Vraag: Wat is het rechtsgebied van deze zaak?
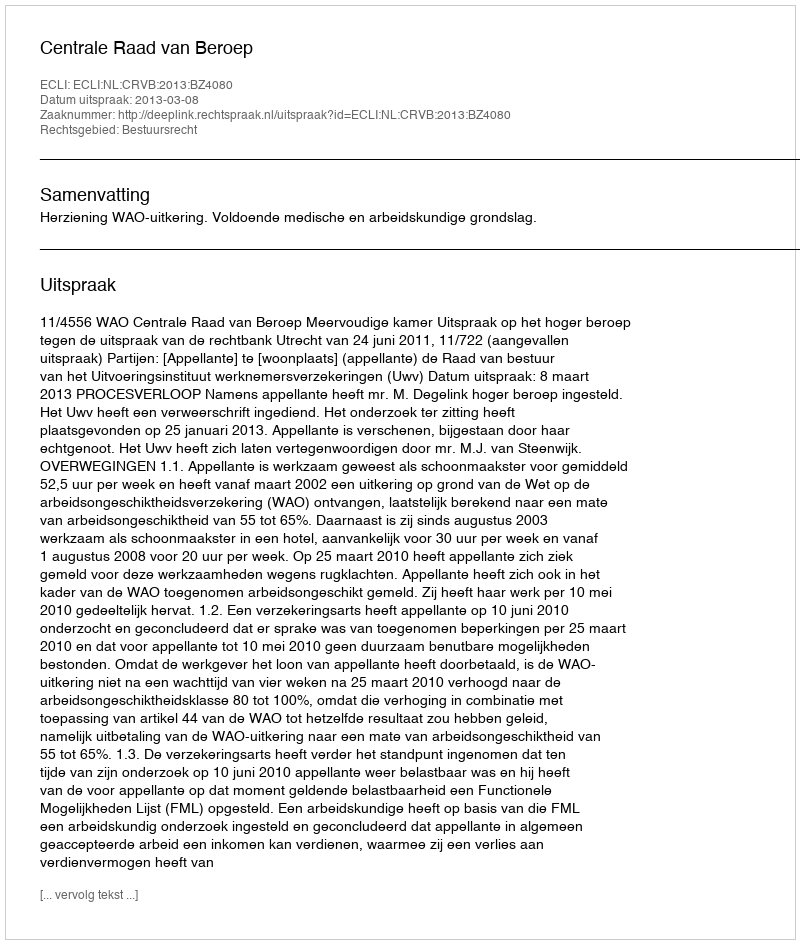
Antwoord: Bestuursrecht